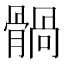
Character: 䯞